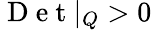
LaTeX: \mathrm{~D~e~t~}|_{Q}>0